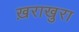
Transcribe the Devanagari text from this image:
ख़राखुरा